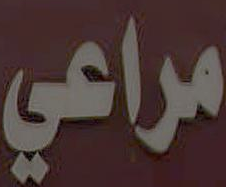
مراعي